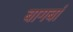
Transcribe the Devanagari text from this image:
बागबां